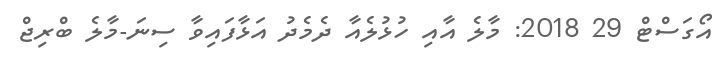
އޯގަސްޓް 29 2018: މާލެ އާއި ހުޅުލެއާ ދެމެދު އަޅާފައިވާ ސިނަ-މާލެ ބްރިޖް